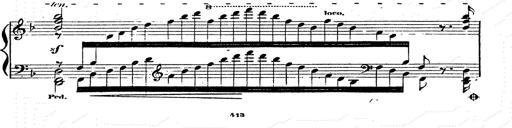
Title: Franz Schuberts geistliche Lieder
Composer: Franz Liszt